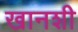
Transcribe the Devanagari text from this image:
खानशी